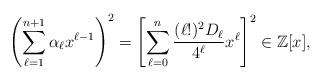
LaTeX: \begin{align*}\left(\sum_{\ell=1}^{n+1}\alpha_\ell x^{\ell-1}\right)^2=\left[\sum_{\ell=0}^n\frac{(\ell!)^2D_\ell }{4^{\ell}}x^\ell\right]^2\in\mathbb Z[x],\end{align*}